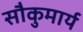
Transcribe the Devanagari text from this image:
सौकुमार्य